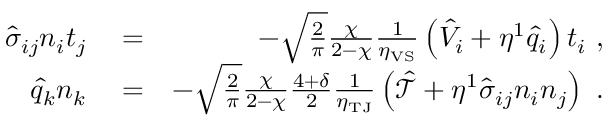
\begin{array} { r l r } { \hat { \sigma } _ { i j } n _ { i } t _ { j } } & { { } = } & { - \sqrt { \frac { 2 } { \pi } } \frac { \chi } { 2 - \chi } \frac { 1 } { \eta _ { \mathrm { V S } } } \left( \hat { V } _ { i } + \eta ^ { 1 } \hat { q } _ { i } \right) t _ { i } \mathrm { ~ , ~ } } \\ { \hat { q } _ { k } n _ { k } } & { { } = } & { - \sqrt { \frac { 2 } { \pi } } \frac { \chi } { 2 - \chi } \frac { 4 + \delta } { 2 } \frac { 1 } { \eta _ { \mathrm { T J } } } \left( \mathcal { \hat { T } } + \eta ^ { 1 } \hat { \sigma } _ { i j } n _ { i } n _ { j } \right) \mathrm { ~ . ~ } } \end{array}